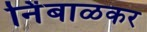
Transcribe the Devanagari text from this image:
नि॑बाळकर